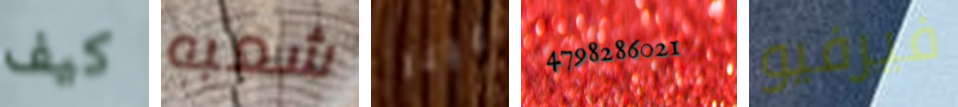
كيف شعبه علينا 4798286021 فيرفيو